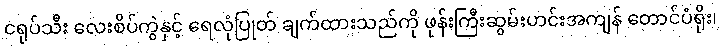
ငရုပ်သီး လေးစိပ်ကွဲနှင့် ရေလုံပြုတ် ချက်ထားသည်ကို ဖုန်းကြီးဆွမ်းဟင်းအကျန် တောင်ပံရိုး၊